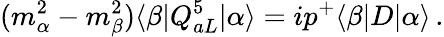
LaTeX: (m_{\alpha}^{2}-m_{\beta}^{2})\langle\beta|Q_{aL}^{5}|\alpha\rangle=ip^{+}\langle\beta|D|\alpha\rangle\, .